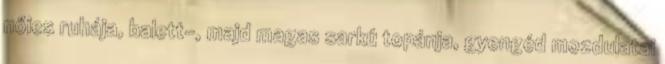
nőies ruhája, balett-, majd magas sarkú topánja, gyengéd mozdulatai